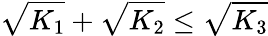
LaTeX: \sqrt{K_{1}}+\sqrt{K_{2}}\leq\sqrt{K_{3}}